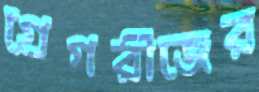
গ্রেগরীজের